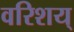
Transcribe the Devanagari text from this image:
वरिशय्